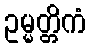
ဥမ္မတ္တိကံ